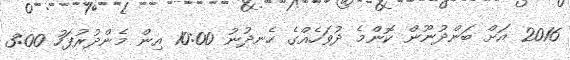
2016 އަށް ބަންދުނޫން ކޮންމެ ދުވަހެއްގެ ހެނދުނު 10:00 އިން މެންދުރުފަހު 3:00